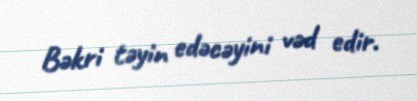
Bəkri təyin edəcəyini vəd edir.